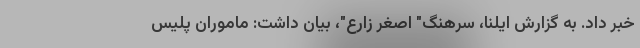
خبر داد. به گزارش ایلنا، سرهنگ" اصغر زارع"، بیان داشت: ماموران پلیس